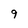
Character: 9